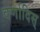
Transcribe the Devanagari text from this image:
वर्णादिस्‌